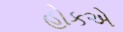
હોકએ